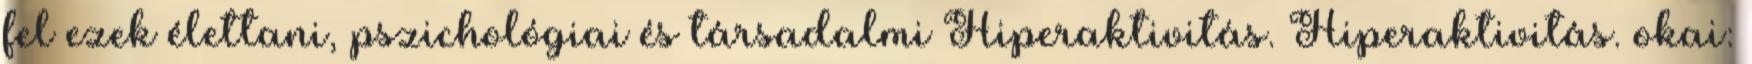
fel ezek élettani, pszichológiai és társadalmi Hiperaktivitás. Hiperaktivitás. okai: